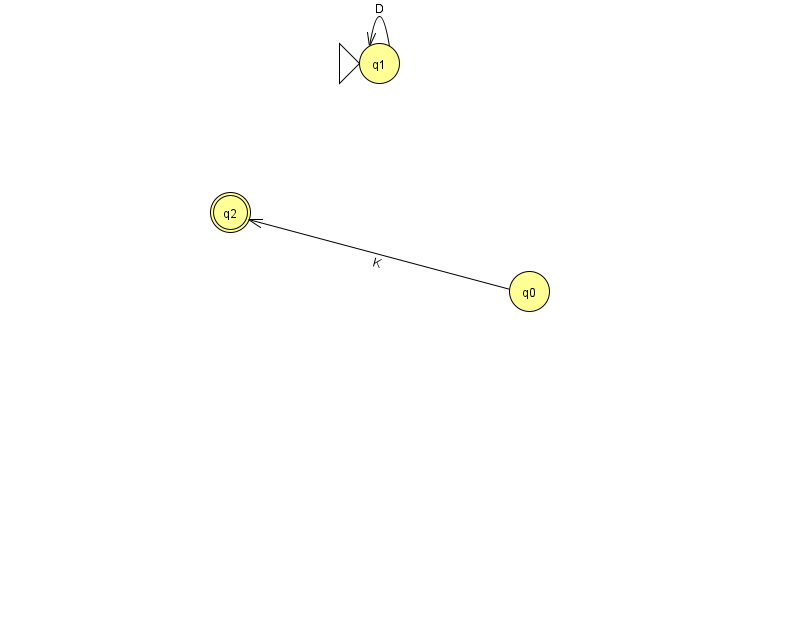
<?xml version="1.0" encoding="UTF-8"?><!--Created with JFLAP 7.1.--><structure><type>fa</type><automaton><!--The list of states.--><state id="0" name="q0"><x>529.0</x><y>278.0</y></state><state id="1" name="q1"><x>379.0</x><y>50.0</y><initial/></state><state id="2" name="q2"><x>230.0</x><y>199.0</y><final/></state><!--The list of transitions.--><transition><from>0</from><to>2</to><read>K</read></transition><transition><from>1</from><to>1</to><read>D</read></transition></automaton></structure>